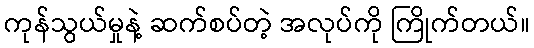
ကုန်သွယ်မှုနဲ့ ဆက်စပ်တဲ့ အလုပ်ကို ကြိုက်တယ်။